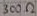
Text: 300Ω